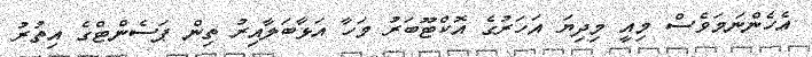
އެހެންނަމަވެސް މިއީ މިދިޔަ އަހަރުގެ އޮކްޓޫބަރު މަހާ އަޅާބަލާއިރު ތިން ޕަސެންޓްގެ އިތުރު